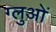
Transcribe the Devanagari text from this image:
ग्लुओं